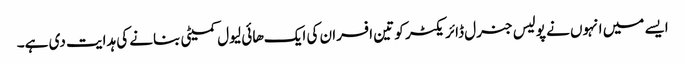
ایسے میں انہوں نے پولیس جنرل ڈائریکٹر کو تین افسران کی ایک هائی لیول کمیٹی بنانے کی ہدایت دی ہے۔